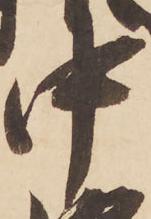
中